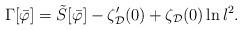
LaTeX: \begin{align*}\Gamma [\bar{\varphi}] = \tilde{S}[\bar{\varphi}] - \zeta_{\cal D}'(0) +\zeta_{\cal D}(0)\ln l^2 . \end{align*}